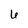
Character: 6